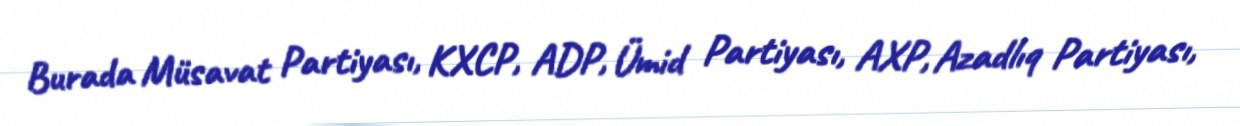
Burada Müsavat Partiyası, KXCP, ADP, Ümid Partiyası, AXP, Azadlıq Partiyası,